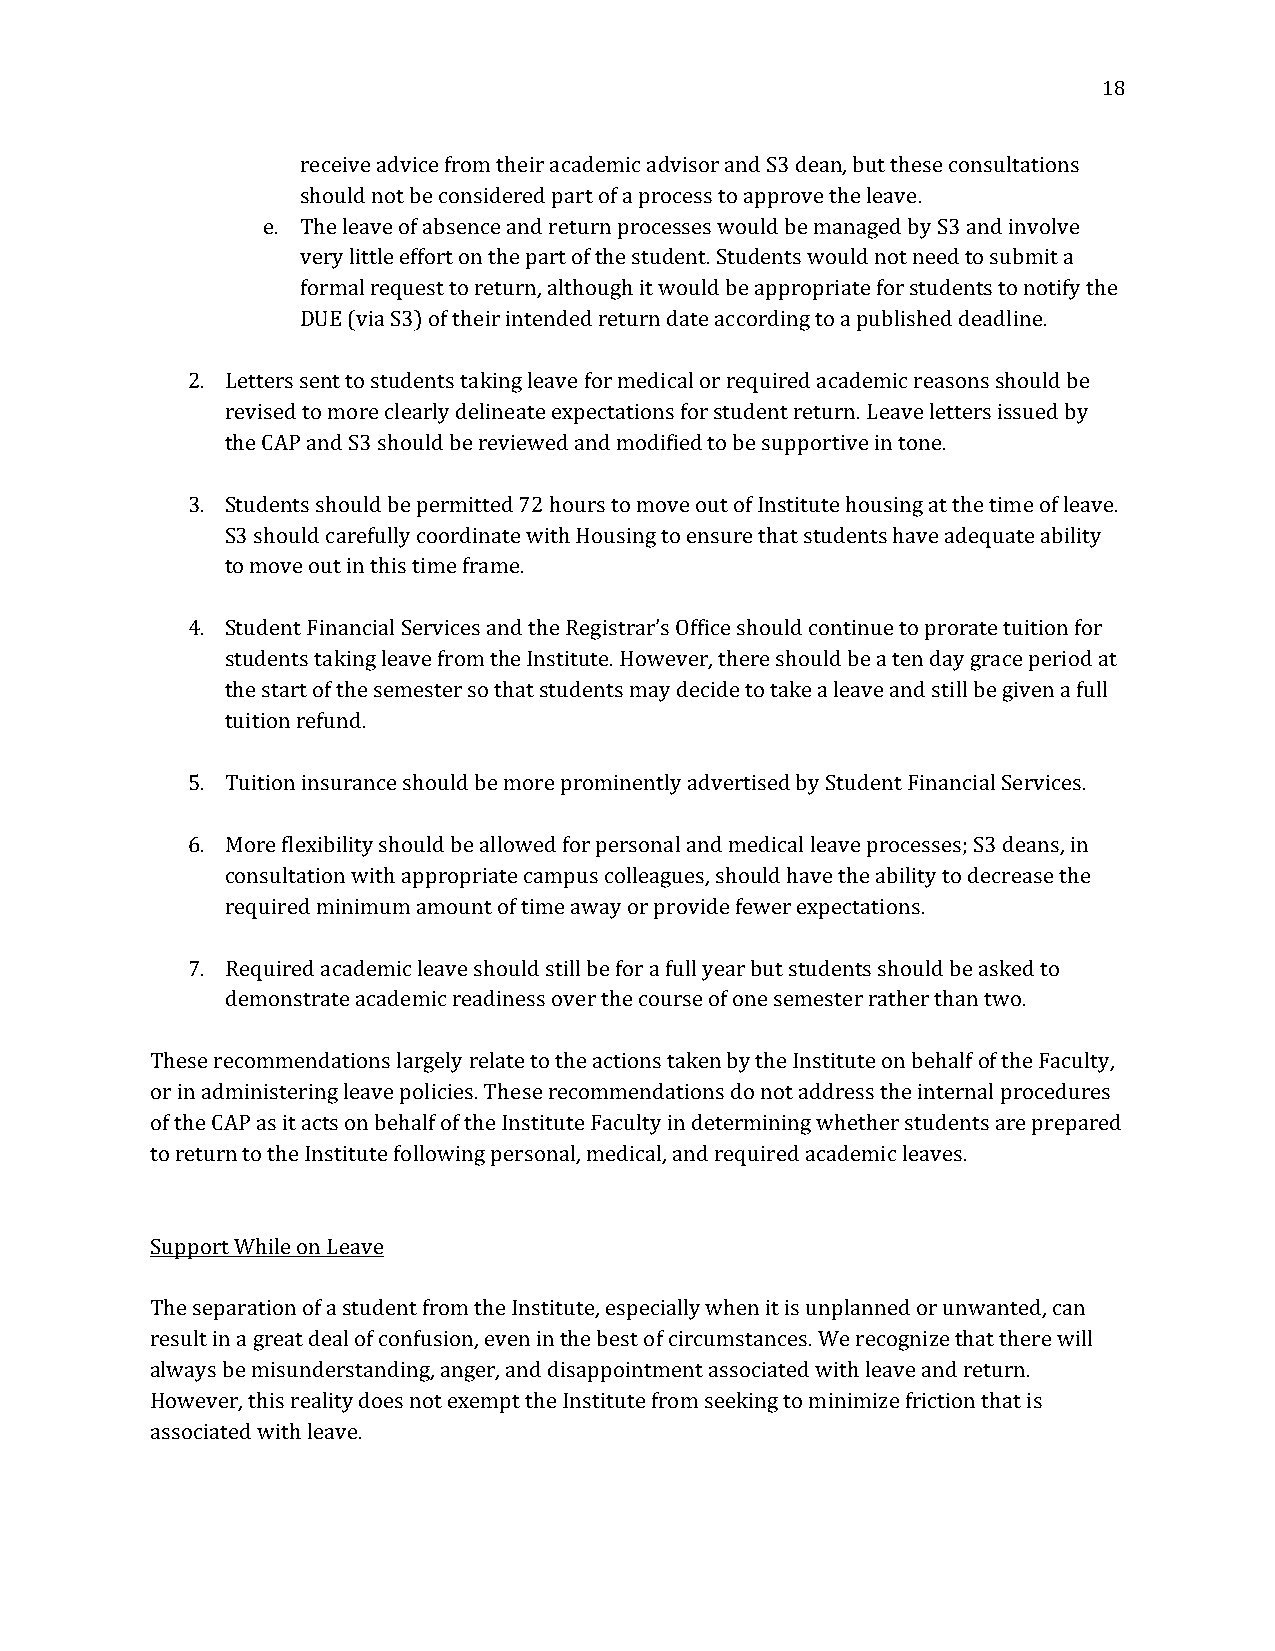
18
 receive advice from their academic advisor and S3 dean, but these consultations
 should not be considered part of a process to approve the leave.
 e. The leave of absence and return processes would be managed by S3 and involve
 very little effort on the part of the student. Students would not need to submit a
 formal request to return, although it would be appropriate for students to notify the
 DUE (via S3) of their intended return date according to a published deadline.
 2. Letters sent to students taking leave for medical or required academic reasons should be
 revised to more clearly delineate expectations for student return. Leave letters issued by
 the CAP and S3 should be reviewed and modified to be supportive in tone.
 3. Students should be permitted 72 hours to move out of Institute housing at the time of leave.
 S3 should carefully coordinate with Housing to ensure that students have adequate ability
 to move out in this time frame.
 4. Student Financial Services and the Registrar’s Office should continue to prorate tuition for
 students taking leave from the Institute. However, there should be a ten day grace period at
 the start of the semester so that students may decide to take a leave and still be given a full
 tuition refund.
 5. Tuition insurance should be more prominently advertised by Student Financial Services.
 6. More flexibility should be allowed for personal and medical leave processes; S3 deans, in
 consultation with appropriate campus colleagues, should have the ability to decrease the
 required minimum amount of time away or provide fewer expectations.
 7. Required academic leave should still be for a full year but students should be asked to
 demonstrate academic readiness over the course of one semester rather than two.
 These recommendations largely relate to the actions taken by the Institute on behalf of the Faculty,
 or in administering leave policies. These recommendations do not address the internal procedures
 of the CAP as it acts on behalf of the Institute Faculty in determining whether students are prepared
 to return to the Institute following personal, medical, and required academic leaves.
 Support While on Leave
 The separation of a student from the Institute, especially when it is unplanned or unwanted, can
 result in a great deal of confusion, even in the best of circumstances. We recognize that there will
 always be misunderstanding, anger, and disappointment associated with leave and return.
 However, this reality does not exempt the Institute from seeking to minimize friction that is
 associated with leave.